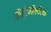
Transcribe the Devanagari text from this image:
मॉर्टेनसिटिक